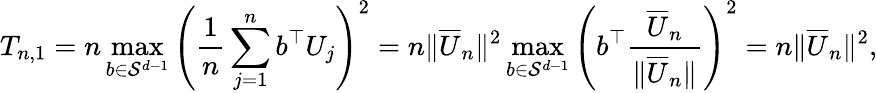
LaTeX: T_{n,1}=n\operatorname*{max}_{b\in\mathcal{S}^{d-1}}\left(\frac 1n\sum_{j=1}^{n}b^{\top}U_{j}\right)^{2}=n\| \overline{{U}}_{n}\| ^{2}\operatorname*{max}_{b\in\mathcal{S}^{d-1}}\left(b^{\top}\frac{\overline{{U}}_{n}}{\| \overline{{U}}_{n}\| }\right)^{2}=n\| \overline{{U}}_{n}\| ^{2},